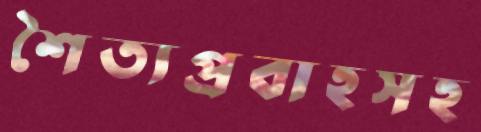
শৈত্যপ্রবাহসহ